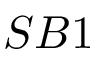
S B 1